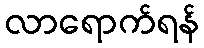
လာရောက်ရန်